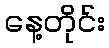
နေ့တိုင်း